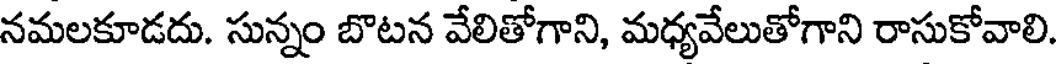
నమలకూడదు. సున్నం బొటన వేలితోగాని, మధ్యవేలుతోగాని రాసుకోవాలి.